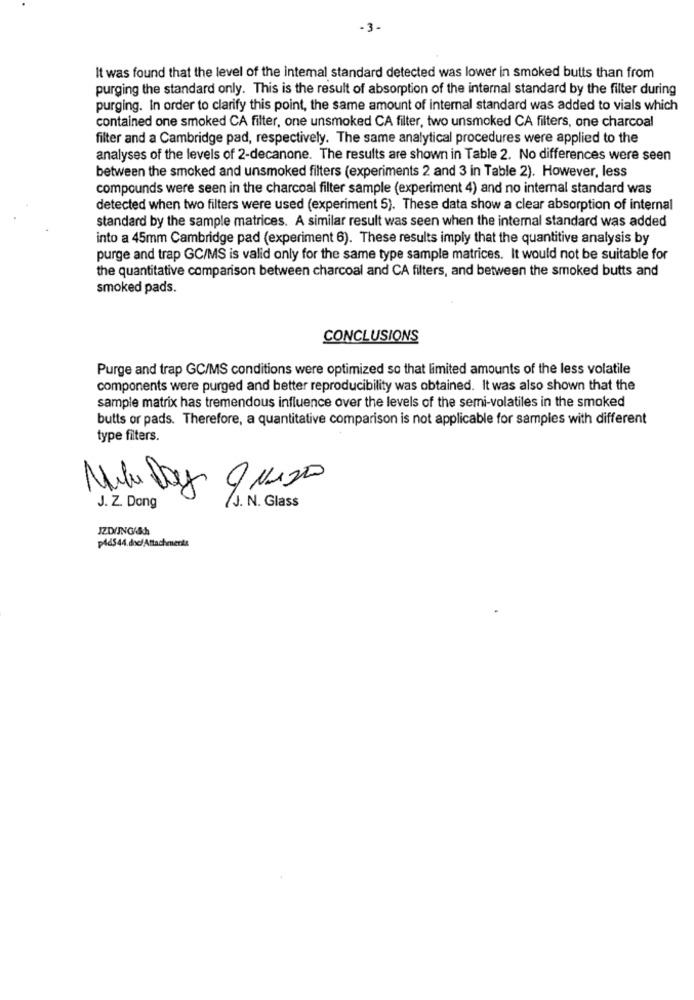
-3-
It was found that the level of the intemal standard detected was lower in smoked butts than from
purging the standard only. This is the result of absorption of the internal standard by the filter during
purging. In order to clarify this point, the same amount of internal standard was added to vials which
contained one smoked CA filter, one unsmoked CA filter, two unsmoked CA filters, one charcoal
filter and a Cambridge pad, respectively. The same analytical procedures were applied to the
analyses of the levels of 2-decanone. The results are shown in Table 2. No differences were seen
between the smoked and unsmoked filters (experiments 2 and 3 in Table 2). However, less
compounds were seen in the charcoal filter sample (experiment 4) and no internal standard was
detected when two filters were used (experiment 5). These data show a clear absorption of internal
standard by the sample matrices. A similar result was seen when the internal standard was added
into a 45mm Cambridge pad (experiment 6). These results imply that the quantitive analysis by
purge and trap GC/MS is valid only for the same type sample matrices. It would not be suitable for
the quantitative comparison between charcoal and CA filters, and between the smoked butts and
smoked pads.
CONCLUSIONS
Purge and trap GC/MS conditions were optimized so that limited amounts of the less volatile
components were purged and better reproducibility was obtained. It was also shown that the
sample matrix has tremendous influence over the levels of the semi-volatiles in the smoked
butts or pads. Therefore, a quantitative comparison is not applicable for samples with different
type filters.
n
J. Z. Dong
/J. N. Glass
JZDUNNG/Sh
p4ds44.doc/ Attachments